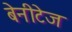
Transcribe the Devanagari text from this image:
बेनीटेज